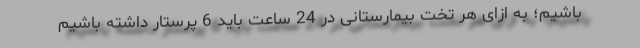
باشیم؛ به ازای هر تخت بیمارستانی در 24 ساعت باید 6 پرستار داشته باشیم